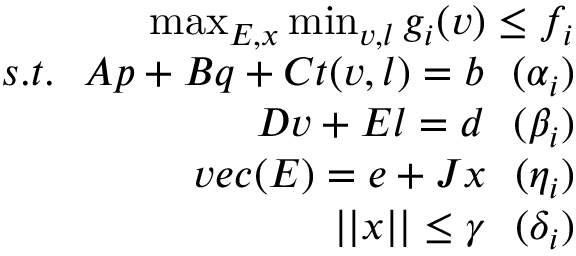
\begin{array} { r } { \operatorname* { m a x } _ { E , x } \operatorname* { m i n } _ { v , l } { g _ { i } ( v ) } \le f _ { i } } \\ { s . t . ~ ~ A p + B q + C t ( v , l ) = b ~ ~ ( \alpha _ { i } ) } \\ { D v + E l = d ~ ~ ( \beta _ { i } ) } \\ { v e c ( E ) = e + J x ~ ~ ( \eta _ { i } ) } \\ { | | x | | \le \gamma ~ ~ ( \delta _ { i } ) } \end{array}